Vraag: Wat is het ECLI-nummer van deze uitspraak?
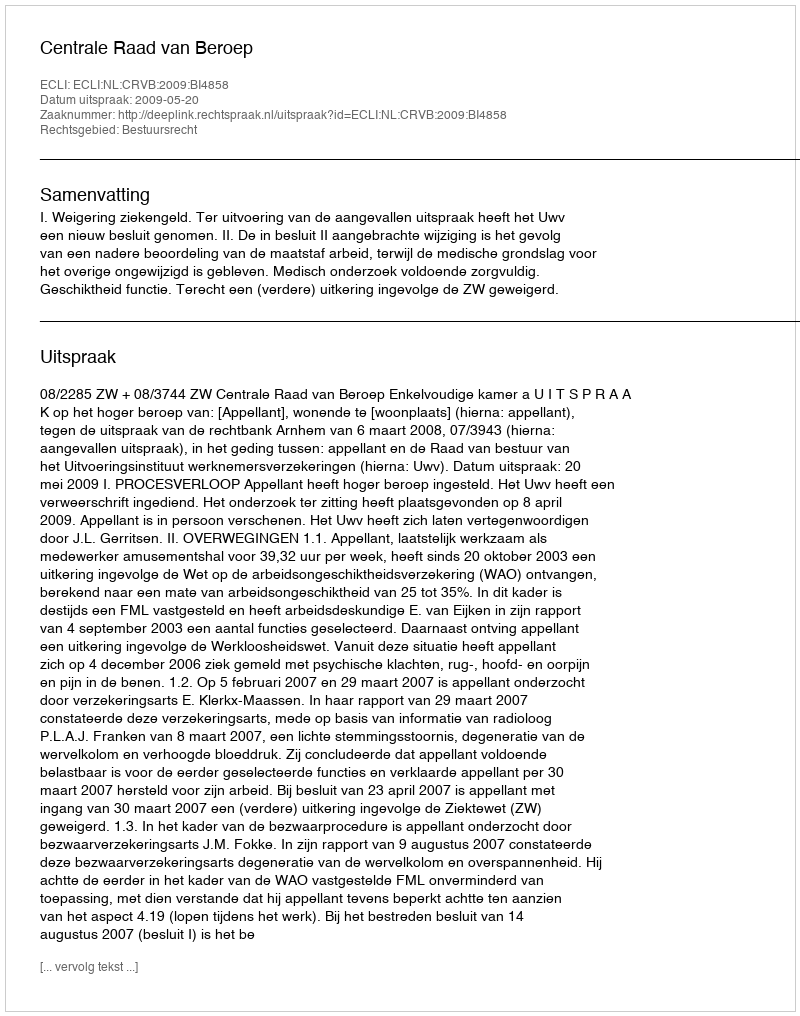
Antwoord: ECLI:NL:CRVB:2009:BI4858